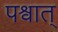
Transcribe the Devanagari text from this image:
पश्वात्